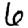
Digit: 6